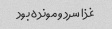
غذا سرد و مونده بود